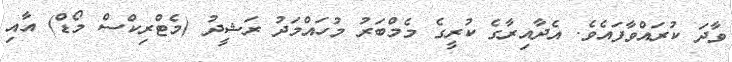
ވާދަ ކުރައްވާފައެވެ. އެދާއިރާގެ ކުރީގެ މެމްބަރު މުހައްމަދު ރަޝީދު (މެޓްރިކްސް މޯޑް) އާއި